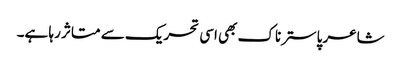
شاعر پاسترناک بھی اسی تحریک سے متاثر رہا ہے۔